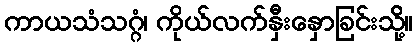
ကာယသံသဂ္ဂံ၊ ကိုယ်လက်နှီးနှောခြင်းသို့်။